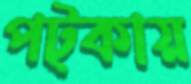
পট্‌কায়